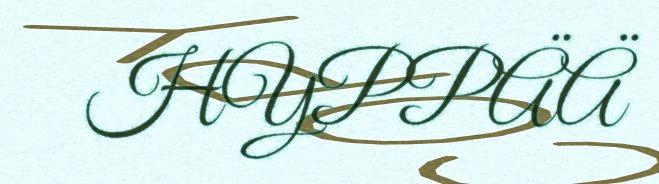
HYPPÄÄ